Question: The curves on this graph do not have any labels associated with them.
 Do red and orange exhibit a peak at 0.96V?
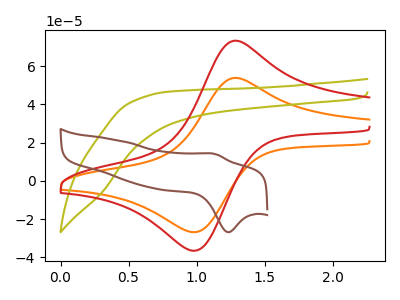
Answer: <think>The orange curve "orange" has an anodic peak at (1.30V, 53.80uA) and a cathodic peak at (0.95V, -26.75uA). The olive curve "olive" has no peaks. The red curve "red" has an anodic peak at (1.30V, 73.25uA) and a cathodic peak at (0.95V, -36.45uA). The brown curve "brown" has an anodic peak at (1.15V, 14.00uA) and a cathodic peak at (1.25V, -26.85uA).</think>
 <answer>Yes, "red" and "orange" share a peak at 0.96V.</answer>
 <eval>match</eval>